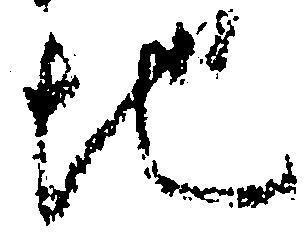
地